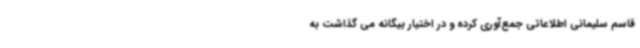
قاسم سلیمانی اطلاعاتی جمع‌آوری کرده و در اختیار بیگانه می گذاشت به